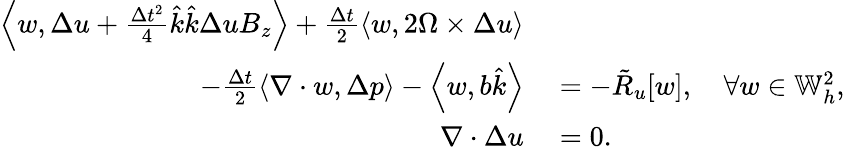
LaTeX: \begin{array}{rl}{\left\langle w,\Delta u+\frac{\Delta t^{2}}{4}\hat{k}\hat{k}\Delta uB_{z}\right\rangle+\frac{\Delta t}{2}\left\langle w,2\Omega\times\Delta u\right\rangle}&{{}}\\ {\qquad-\frac{\Delta t}{2}\left\langle\nabla\cdot w,\Delta p\right\rangle-\left\langle w,b\hat{k}\right\rangle}&{{}=-\tilde{R}_{u}[w],\quad\forall w\in\mathbb{W}_{h}^{2},}\\ {\nabla\cdot\Delta u}&{{}=0.}\end{array}